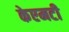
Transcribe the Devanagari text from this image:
केएमटी